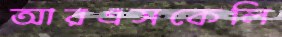
আরএসকেলি